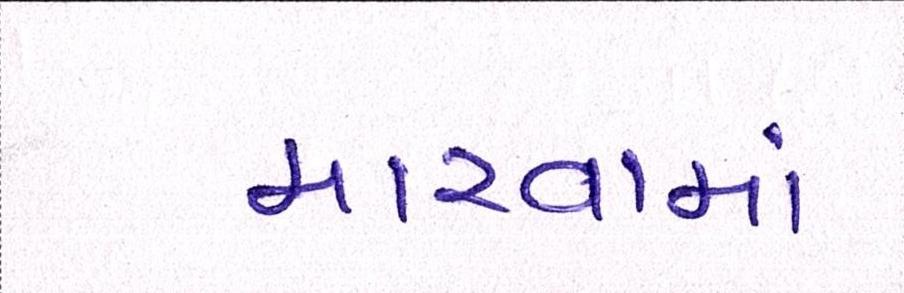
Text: મારવામાં